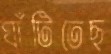
ঘাঁটিতেছ